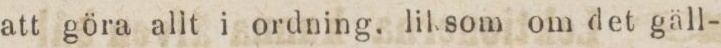
att göra allt i ordning, liksom om det gäll-